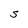
Character: S